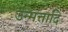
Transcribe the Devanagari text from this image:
उन्मत्तादि